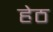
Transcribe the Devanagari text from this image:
हेठ